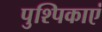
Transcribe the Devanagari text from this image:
पुश्पिकाएं